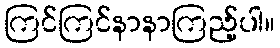
ကြင်ကြင်နာနာကြည့်ပါ။